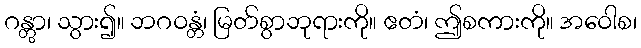
ဂန္တွာ၊ သွား၍။ ဘဂဝန္တံ၊ မြတ်စွာဘုရားကို။ ဧတံ၊ ဤစကားကို။ အဝေါစ၊